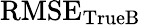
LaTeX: \mathrm{RMSE}_{\mathrm{TrueB}}